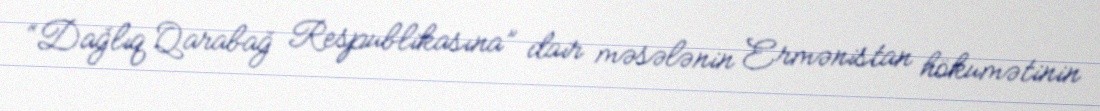
“Dağlıq Qarabağ Respublikasına” dair məsələnin Ermənistan hökumətinin